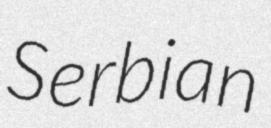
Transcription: Serbian